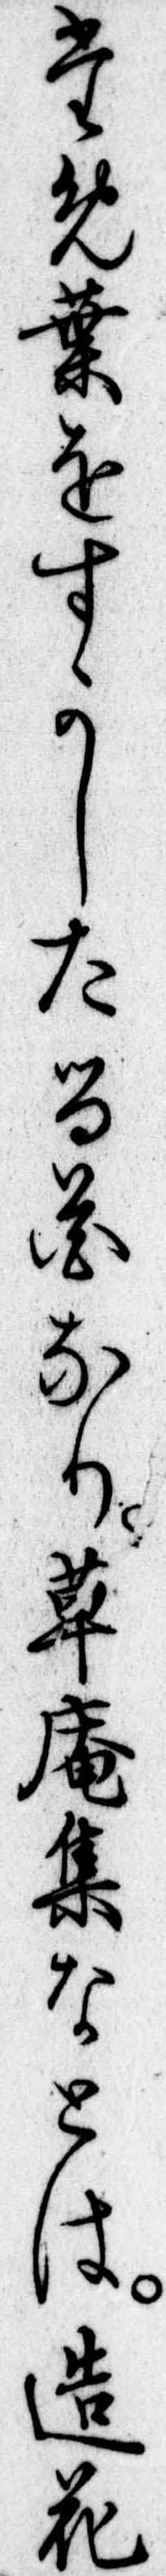
ため葉をすかしたる花なり草庵集なとは造花